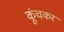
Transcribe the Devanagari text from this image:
कूंचकर